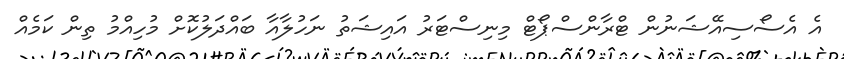
އެ އެސޯސިއޭޝަނުން ޓްރާންސްޕޯޓް މިނިސްޓަރު އައިޝަތު ނަހުލާއާ ބައްދަލުކޮށް މުހިއްމު ތިން ކަމެއް